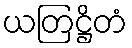
ယတြဋ္ဌိတံ